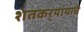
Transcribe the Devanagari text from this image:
शेतकर्‍यांयाचे